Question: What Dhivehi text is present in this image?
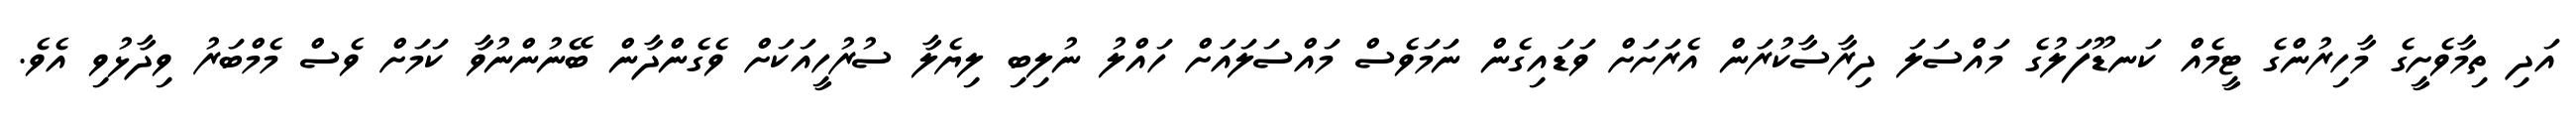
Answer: އަދި ތިމާވެށީގެ މާހިރުންގެ ޓީމެއް ކަނޑޫފަލުގެ މައްސަލަ ދިރާސާކުރަން އެރަށަށް ވަޑައިގެން ނަމަވެސް މައްސަލައަށް ހައްލު ނުލިބި ލިޔެލާ ސުރުހީއަކަށް ވެގެންދާން ބޭނުންނުވާ ކަމަށް ވެސް މެމްބަރު ވިދާޅުވި އެވެ.